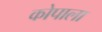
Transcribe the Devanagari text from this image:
कोपाला